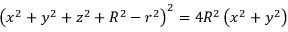
\left( x ^ { 2 } + y ^ { 2 } + z ^ { 2 } + R ^ { 2 } - r ^ { 2 } \right) ^ { 2 } = 4 R ^ { 2 } \left( x ^ { 2 } + y ^ { 2 } \right)